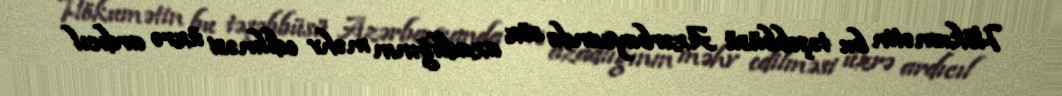
Hökumətin bu təşəbbüsü Azərbaycanda söz azadlığının məhv edilməsi üzrə ardıcıl